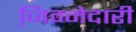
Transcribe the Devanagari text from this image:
जि़म्मेदारी